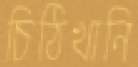
চিঠিখানি